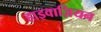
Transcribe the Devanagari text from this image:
हाइवाज़ियन